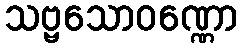
သဗ္ဗသောဝဏ္ဏော